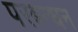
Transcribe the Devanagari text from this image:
परबन्धन